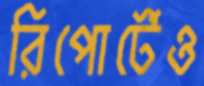
রিপোর্টেও